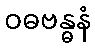
ဝဓဗန္ဓနံ